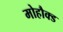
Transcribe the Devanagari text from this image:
मोहौक्ड